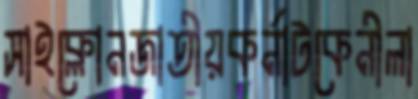
সাইক্লোনজাতীয়কর্নাটকেনীলা